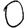
Digit: 0